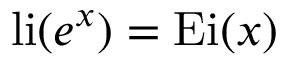
\operatorname { l i } ( e ^ { x } ) = \operatorname { E i } ( x )